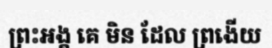
ព្រះអង្គ គេ មិន ដែល ព្រងើយ